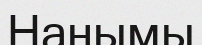
Нанымы